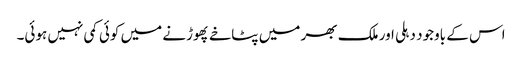
اس کے باوجود دہلی اور ملک بھر میں پٹاخے پھوڑنے میں کوئی کمی نہیں ہوئی۔